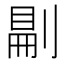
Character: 𠞋